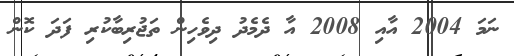
ނަމަ 2004 އާއި 2008 އާ ދެމެދު ދިވެހިން ތަޖުރިބާކުރި ފަދަ ކޮން